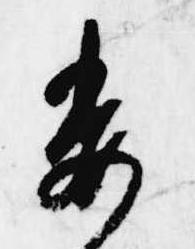
委